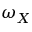
\omega _ { X }